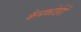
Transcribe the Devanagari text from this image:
कैमकोर्डरों